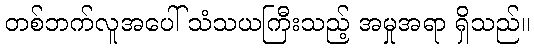
တစ်ဘက်လူအပေါ် သံသယကြီးသည့် အမှုအရာ ရှိသည်။